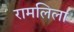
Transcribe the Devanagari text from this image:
रामलिला